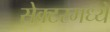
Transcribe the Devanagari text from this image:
सेक्टरमध्ये